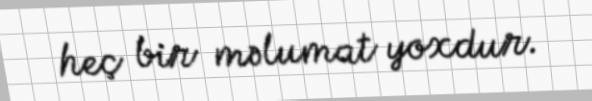
heç bir məlumat yoxdur.